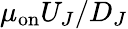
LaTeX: \mu_{\mathrm{on}}U_{J}/D_{J}